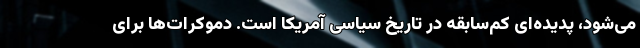
می‌شود، پدیده‌ای کم‌سابقه در تاریخ سیاسی آمریکا است. دموکرات‌ها برای